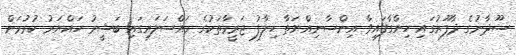
ސޫދާނުގެ ދާފޫރުގައި ހިންގާފައިވާ އިންސާނިއްޔަތާ ހިލާފު ޖަރީމާތަކުގެ މައްސަލައިގައި ބަޝީރު ހައްޔަރު ކުރުމަށް